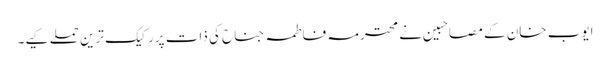
ایوب خان کے مصاحبین نے محترمہ فاطمہ جناح کی ذات پررکیک ترین حملے کیے۔